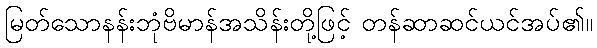
မြတ်သောနန်းဘုံဗိမာန်အသိန်းတို့ဖြင့် တန်ဆာဆင်ယင်အပ်၏။